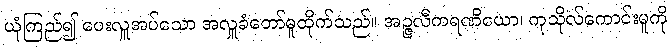
ယုံကြည်၍ ပေးလှူအပ်သော အလှူခံတော်မူထိုက်သည်။ အဉ္ဇလီကရဏိယော၊ ကုသိုလ်ကောင်းမူကို